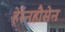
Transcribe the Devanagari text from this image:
हेर्रेनहौसेन